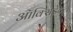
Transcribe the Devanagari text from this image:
ऑक्‍सिडेंटल